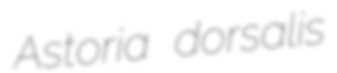
Astoria dorsalis